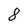
Character: 8